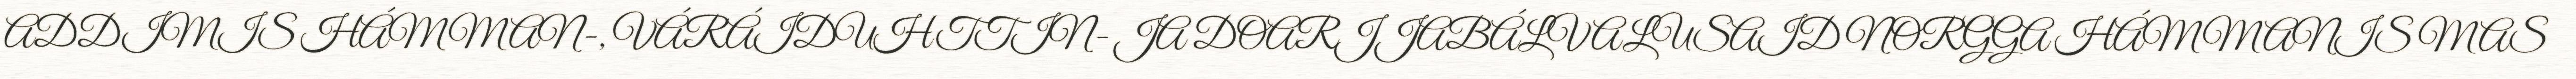
ADDIMIS HÁMMAN-, VÁRÁIDUHTTIN- JA DOARJJABÁLVALUSAID NORGGA HÁMMANIS MAS